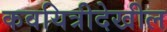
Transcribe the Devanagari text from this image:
कवयित्रीदेखील